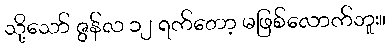
သို့သော် ဇွန်လ ၁၂ ရက်တော့ မဖြစ်လောက်ဘူး။